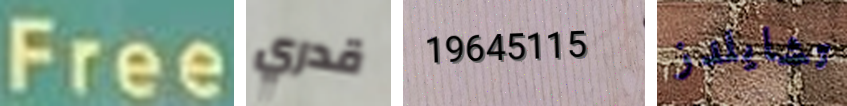
Free قدري 19645115 تشايلدز